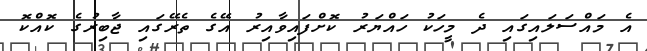
އެ މައްސަލައިގައި ދެ މީހަކު ހައްޔަރު ކޮށްފައިވާއިރު އޭގެ ތެރޭގައި ޖާބިރުގެ ކޮއްކޮ